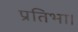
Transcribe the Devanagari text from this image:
प्रतिभा।